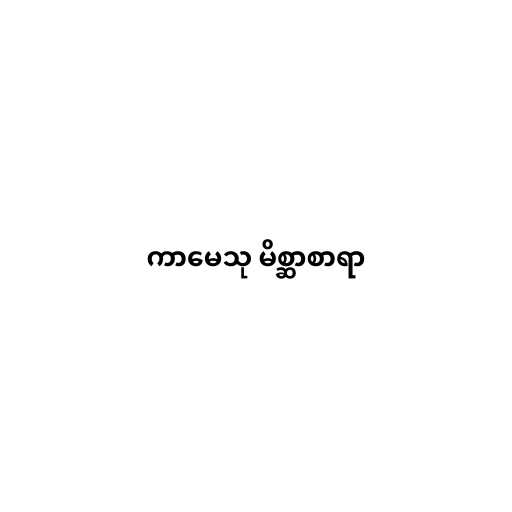
ကာမေသု မိစ္ဆာစာရာ